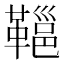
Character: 𩌋